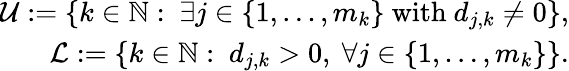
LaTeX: \begin{array}{r}{\mathcal{U}:=\left\lbrace k\in{\mathbb N}:\ \exists j\in\lbrace 1,\ldots,m_{k}\rbrace\mathrm{~with~}d_{j,k}\neq 0\right\rbrace,}\\ {\mathcal{L}:=\left\lbrace k\in{\mathbb N}:\ d_{j,k}>0,\ \forall j\in\lbrace 1,\ldots,m_{k}\rbrace\right\rbrace.}\end{array}